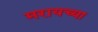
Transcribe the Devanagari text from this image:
मरायच्या